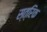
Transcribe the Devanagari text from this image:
स्त्रिक